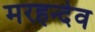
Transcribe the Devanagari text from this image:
मरहन्देव